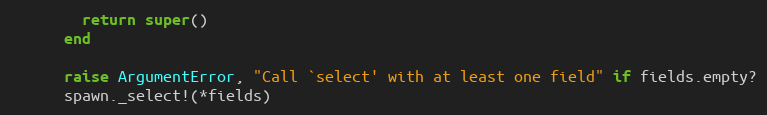
Language: Ruby
        return super()
      end

      raise ArgumentError, "Call `select' with at least one field" if fields.empty?
      spawn._select!(*fields)